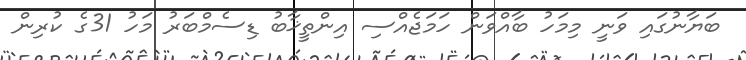
ބަޔާނުގައި ވަނީ މިމަހު ބާއްވަން ހަމަޖެއްސި އިންތީޚާބު ޑިސެމްބަރު މަހު 31ގެ ކުރިން